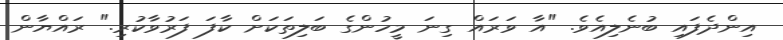
އިންދެފައި ބުނެލިއެވެ. "އާ ވަރައް ގިނަ މީހުންގެ ބަލިތަކަށް ކާފަ ފަރުވާކުރި." ރައްޔާން